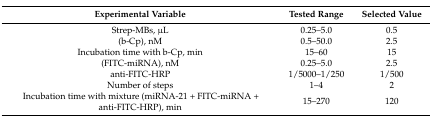
<table><thead><tr><td><b>Experimental Variable</b></td><td><b>Tested Range</b></td><td><b>Selected Value</b></td></tr></thead><tbody><tr><td>Strep-MBs, μL</td><td>0.25–5.0</td><td>0.5</td></tr><tr><td>(b-Cp), nM</td><td>0.5–50.0</td><td>2.5</td></tr><tr><td>Incubation time with b-Cp, min</td><td>15–60</td><td>15</td></tr><tr><td>(FITC-miRNA), nM</td><td>0.25–5.0</td><td>2.5</td></tr><tr><td>anti-FITC-HRP</td><td>1/5000–1/250</td><td>1/500</td></tr><tr><td>Number of steps</td><td>1–4</td><td>2</td></tr><tr><td>Incubation time with mixture (miRNA-21 + FITC-miRNA + anti-FITC-HRP), min</td><td>15–270</td><td>120</td></tr></tbody></table>